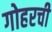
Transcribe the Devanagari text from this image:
गोहरची